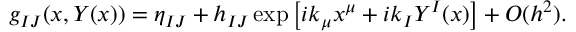
g _ { I J } ( x , Y ( x ) ) = \eta _ { I J } + h _ { I J } \exp \left[ i k _ { \mu } x ^ { \mu } + i k _ { I } Y ^ { I } ( x ) \right] + O ( h ^ { 2 } ) .